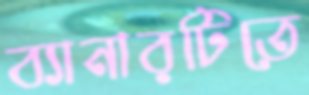
ব্যানারটিতে